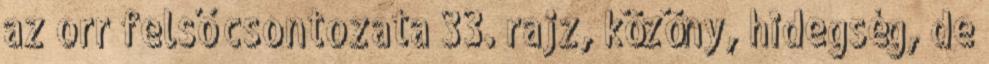
az orr felső csontozata 33. rajz, közöny, hidegség, de